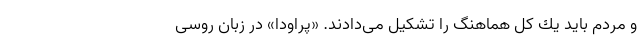
و مردم باید یك كل هماهنگ را تشكیل می‌دادند. «پراودا» در زبان روسی